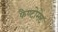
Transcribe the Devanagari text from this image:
फैण्टोमेट